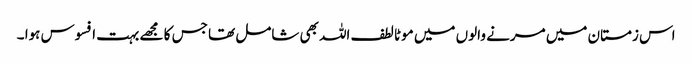
اس زمستان میں مرنے والوں میں موٹا لطف اللہ بھی شامل تھا جس کا مجھے بہت افسوس ہوا ۔